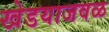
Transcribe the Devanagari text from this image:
खेडयाजवळ